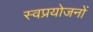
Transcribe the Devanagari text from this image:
स्वप्रयोजनों